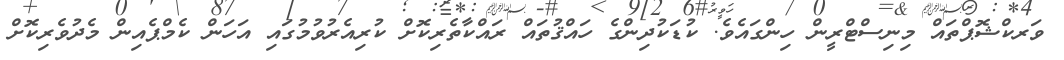
ވަރކްޝޮޕްތައް މިނިސްޓްރީން ހިންގައެވެ. ކުޑަކުދިންގެ ހައްޤުތައް ރައްކާތެރިކޮށް ކުރިއެރުވުމުގައި އަހަން ކެމްޕެއިން މެދުވެރިކޮށް